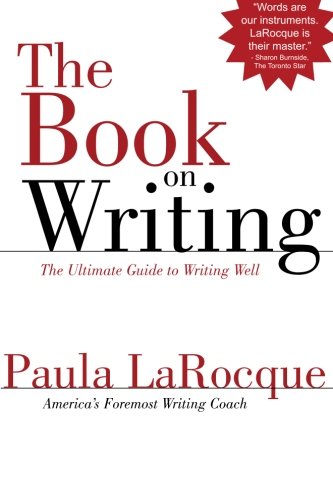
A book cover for The Book on Writing: The Ultimate Guide to Writing Well; Paula LaRocque; Reference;